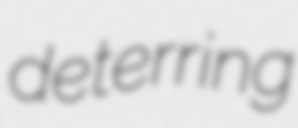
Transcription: deterring